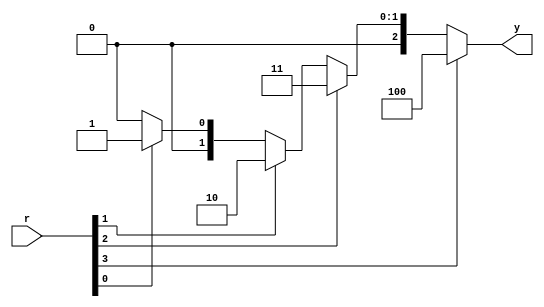
`timescale 1ns / 1ps
//////////////////////////////////////////////////////////////////////////////////
// Company: 
// Engineer: 
// 
// Design Name: 
// Module Name: prio_encoder_if
// Project Name: 
// Target Devices: 
// Tool Versions: 
// Description: 
// 
// Dependencies: 
// 
// Revision:
// Revision 0.01 - File Created
// Additional Comments:
// 
//////////////////////////////////////////////////////////////////////////////////


module prio_encoder_if
       (
       input [3:0] r,
       output reg [2:0]  y
       );
       always @*
         if (r[3]==1'b1)      //  (r[3])
            y = 3'b100;
       else if (r[2]==1'b1)   //  (r[2])
            y = 3'b011;
         else if (r[1]==1'b1)   //  (r[1])
            y = 3'b010;
         else if (r[0]==1'b1)   //  (r[0])
            y = 3'b001;
         else
            y = 3'b000;
    endmodule